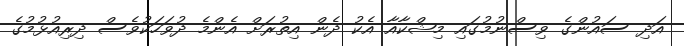
އަދި ސައުންގެ ވިސްނުމުގައި މިޝްކާއާ އެކު ދެން އިތުރަށް އެންމެ ދުވަހަކުވެސް ދިރިއުޅުމުގެ